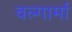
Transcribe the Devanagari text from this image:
वल्गार्मा